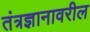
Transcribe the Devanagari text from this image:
तंत्रज्ञानावरील